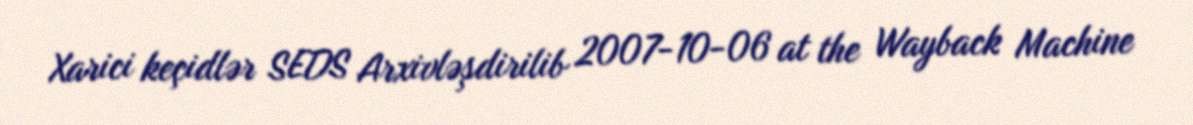
Xarici keçidlər SEDS Arxivləşdirilib 2007-10-06 at the Wayback Machine